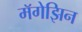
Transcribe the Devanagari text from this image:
मॅगेझिन